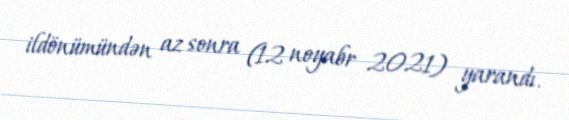
ildönümündən az sonra (12 noyabr 2021) yarandı.